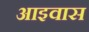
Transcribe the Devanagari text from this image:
आइवास